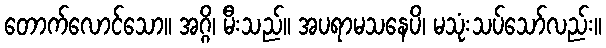
တောက်လောင်သော။ အဂ္ဂိ၊ မီးသည်။ အပရာမသနေပိ၊ မသုံးသပ်သော်လည်း။